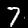
Label: 7